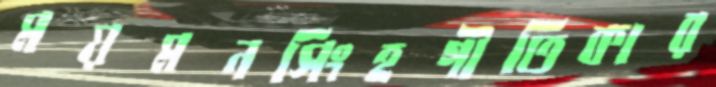
ময়মনসিংহগীতিকার